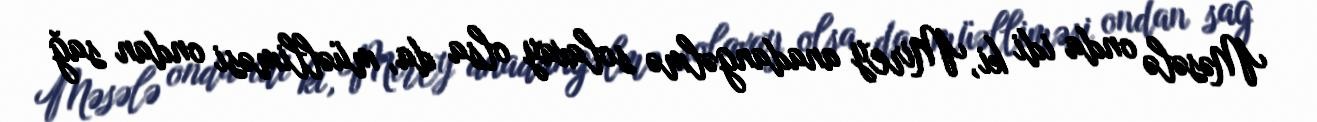
Məsələ onda idi ki, Mirey anadangəlmə solaxay olsa da, müəlliməsi ondan sağ